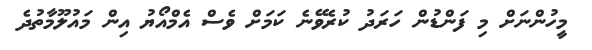
މީހުންނަށް މި ފަންޑުން ހަރަދު ކުރެވޭނެ ކަމަށް ވެސް އެމްއޯޔު އިން މައުލޫމާތުދެ